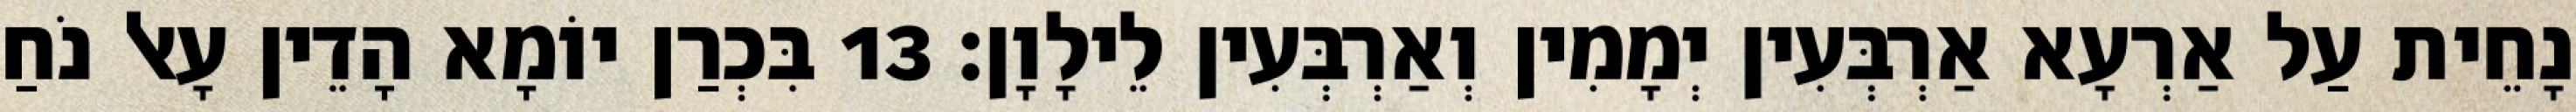
נָחֵית עַל אַרְעָא אַרְבְּעִין יְמָמִין וְאַרְבְּעִין לֵילָוָן׃ 13 בִּכְרַן יוֹמָא הָדֵין עָאל נֹחַ